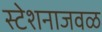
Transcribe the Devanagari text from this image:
स्टेशनाजवळ